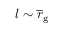
l \sim \overline { r } _ { \mathrm { g } }